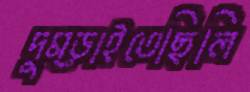
দুম্‌ড়াইতেছিলি